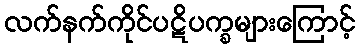
လက်နက်ကိုင်ပဋိပက္ခများကြောင့်